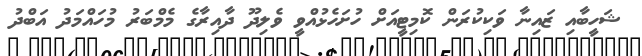
ޝަހީބާއި ޒައިނާ ވަކިކުރަން ކޮމިޓީއަށް ހުށަހެޅުއްވީ ވެލިދޫ ދާއިރާގެ މެމްބަރު މުހައްމަދު އަބްދު